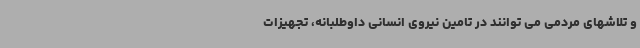
و تلاشهای مردمی می توانند در تامین نیروی انسانی داوطلبانه، تجهیزات